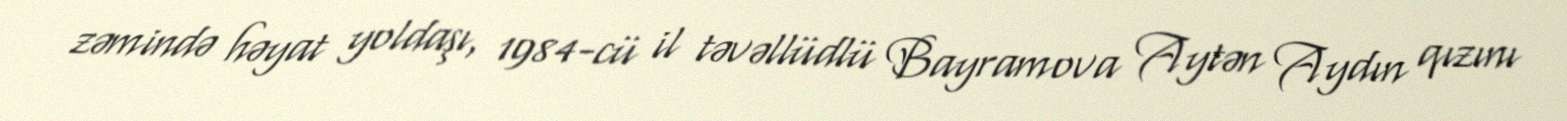
zəmində həyat yoldaşı, 1984-cü il təvəllüdlü Bayramova Aytən Aydın qızını